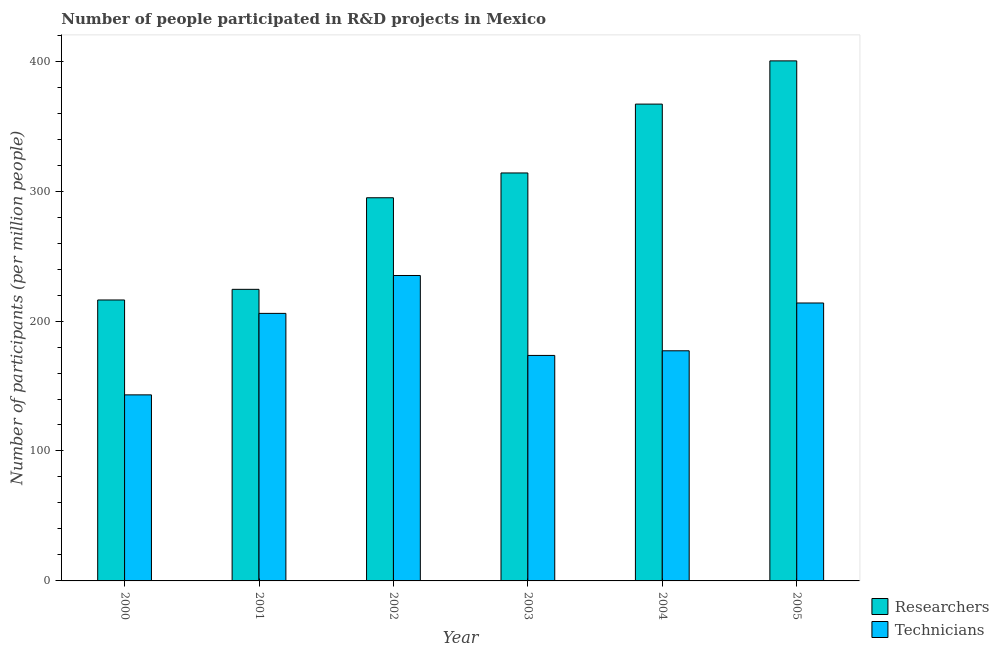
| Year | Researchers | Technicians |
 | --- | --- | --- |
 | 2000 | 216 | 143 |
 | 2001 | 224 | 206 |
 | 2002 | 295 | 235 |
 | 2003 | 314 | 174 |
 | 2004 | 367 | 177 |
 | 2005 | 400 | 214 |